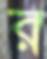
র